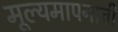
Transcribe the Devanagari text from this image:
मूल्यमापनाची